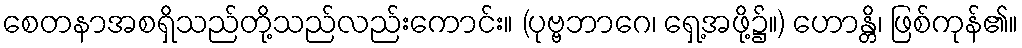
စေတနာအစရှိသည်တို့သည်လည်းကောင်း။ (ပုဗ္ဗဘာဂေ၊ ရှေ့အဖို့၌။) ဟောန္တိ၊ ဖြစ်ကုန်၏။